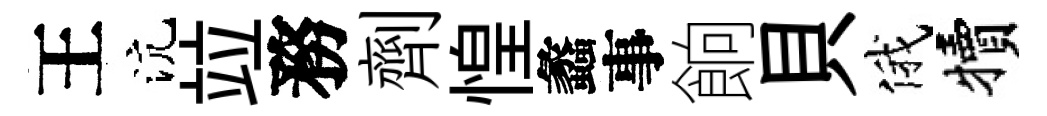
王沆竝務劑惶蠡事餉貝俄犢